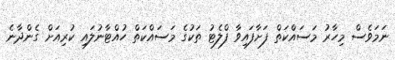
ނަމަވެސް މިހާރު މަސައްކަތް ފަށާފައިވާ ފްލެޓު ތަކުގެ މަސައްކަތް ހުއްޓާނުލައި ކުރިއަށް ގެންދާނެ